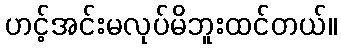
ဟင့်အင်းမလုပ်မိဘူးထင်တယ်။